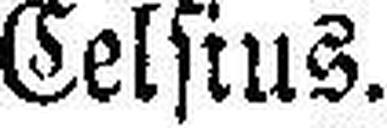
Celsius.